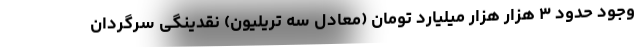
وجود حدود ۳ هزار هزار میلیارد تومان (معادل سه تریلیون) نقدینگی سرگردان